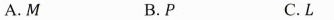
A.M B.P C.L